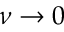
\nu \rightarrow 0